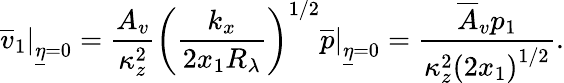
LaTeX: \left.\overline{{v}}_{1}\right\vert_{\underline{{\eta}}=0}=\frac{A_{v}}{\kappa_{z}^{2}}\left(\frac{k_{x}}{2x_{1}R_{\lambda}}\right)^{1/2}\left.\overline{{p}}\right\vert_{\underline{{\eta}}=0}=\frac{\overline{{A}}_{v}p_{1}}{\kappa_{z}^{2}\left(2x_{1}\right)^{1/2}}.